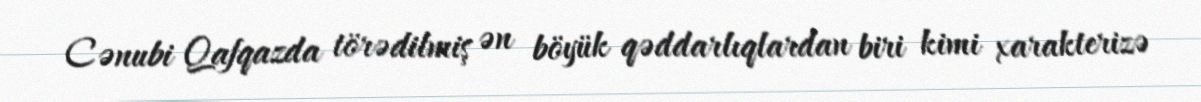
Cənubi Qafqazda törədilmiş ən böyük qəddarlıqlardan biri kimi xarakterizə